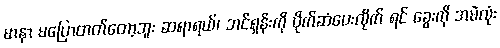
မာနာ မပြောတတ်တော့ဘူး ဆရာရယ်၊ ဘင်ရှန်းကို ပိုက်ဆံပေးလိုက် ရင် ခွေးကို အမဲလုံး